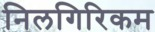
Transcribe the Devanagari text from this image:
निलगिरिकम